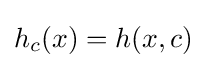
{\textstyle h_{c}(x)=h(x,c)}